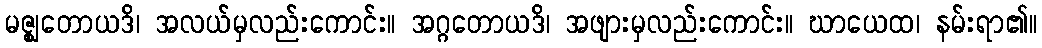
မဇ္ဈတောယဒိ၊ အလယ်မှလည်းကောင်း။ အဂ္ဂတောယဒိ၊ အဖျားမှလည်းကောင်း။ ဃာယေထ၊ နမ်းရာ၏။